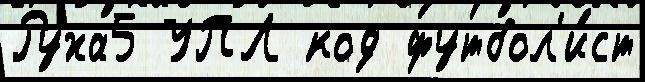
Руха5 УПЛ код футбол'и́ст